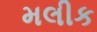
મલીક